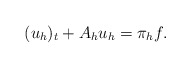
\begin{align*} (u_h)_t+A_h u_h=\pi_h f.\end{align*}